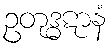
ဥတုဒ္ဓဋာနံ